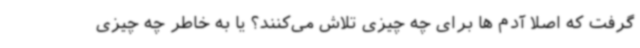
گرفت که اصلا آدم ها برای چه چیزی تلاش می‌کنند؟ یا به خاطر چه چیزی